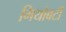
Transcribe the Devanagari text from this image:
गियोबर्टी